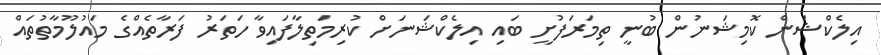
އިލެކްޝަން ކޮމިޝަނުން ބުނީ ތިމަރަފުށީ ބައި އިލެކްޝަނަށް ކުރިމަތިލާފައިވާ ހަތަރު ފަރާތެއްގެ މައުލޫމާތުތައް